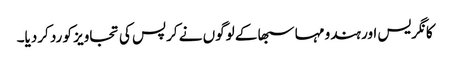
کانگریس اور ہندو مہا سبھا کے لوگوں نے کرپس کی تجاویز کو رد کردیا۔